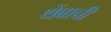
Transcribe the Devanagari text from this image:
थेंबाची